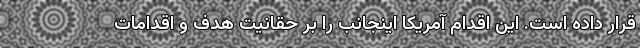
قرار داده است. این اقدام آمریکا اینجانب را بر حقانیت هدف و اقدامات